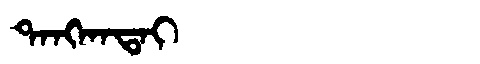
Manchu: ᡨᠠᠩᡴᠠᡨᠠᡳ
Romanization: TANGKATAI